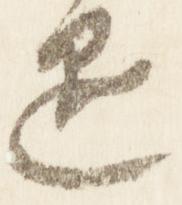
退